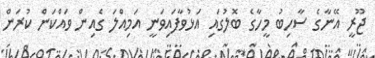
ޖޫރީ އޭނާގެ ސާހިބު މީހާގެ ބޮލުގައި އަޅުވާފައިވަނީ އަމިއްލަ ގެއިން ވައްކަން ކުރަން